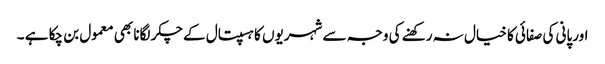
اورپانی کی صفائی کا خیال نہ رکھنے کی وجہ سے شہریوں کا ہسپتال کے چکر لگانا بھی معمول بن چکا ہے ۔